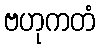
ဗဟုကတံ